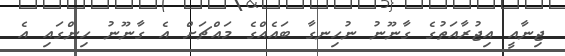
ޖިނާއީ އިޖުރާއަތުގެ ގާނޫނު ނުހިނގާ ބައެއްގެ މައްޗަށް އެ ގާނޫނު ހިންގައި އެ